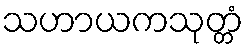
သဟာယကသုတ္တံ